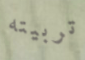
تربيته